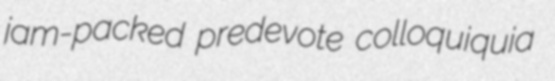
jam-packed predevote colloquiquia